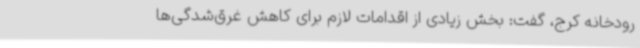
رودخانه کرج، گفت: بخش زیادی از اقدامات لازم برای کاهش غرق‌شدگی‌ها